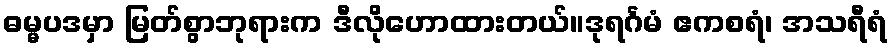
ဓမ္မပဒမှာ မြတ်စွာဘုရားက ဒီလိုဟောထားတယ်။ဒုရင်္ဂမံ ဧကစရံ၊ အသရီရံ